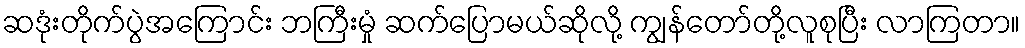
ဆဒုံးတိုက်ပွဲအကြောင်း ဘကြီးမှုံ ဆက်ပြောမယ်ဆိုလို့ ကျွန်တော်တို့လူစုပြီး လာကြတာ။